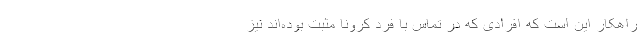
راهکار این است که افرادی که در تماس با فرد کرونا مثبت بوده‌اند نیز